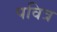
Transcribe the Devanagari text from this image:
पवित्र